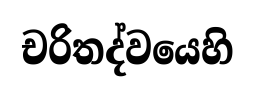
චරිතද්වයෙහි